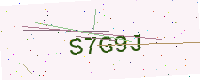
Text: S7G9J